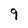
Character: 9